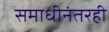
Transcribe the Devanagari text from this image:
समाधीनंतरही